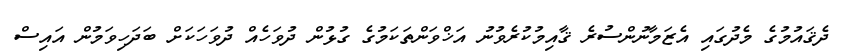
ދެޤައުމުގެ މެދުގައި އެޒަމާނުންސުރެ ޤާއިމުކުރެވުނު އަޚްވަންތަކަމުގެ ގުޅުން ދުވަހެއް ދުވަހަކަށް ބަދަހިވަމުން އައިސް